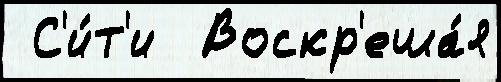
 С'и́т'и  Воскр'еша́я